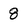
Character: 8